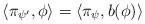
LaTeX: \begin{align*}\langle \pi_{\psi'} , \phi \rangle = \langle \pi_{\psi} , b(\phi) \rangle \end{align*}